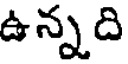
ఉన్నది